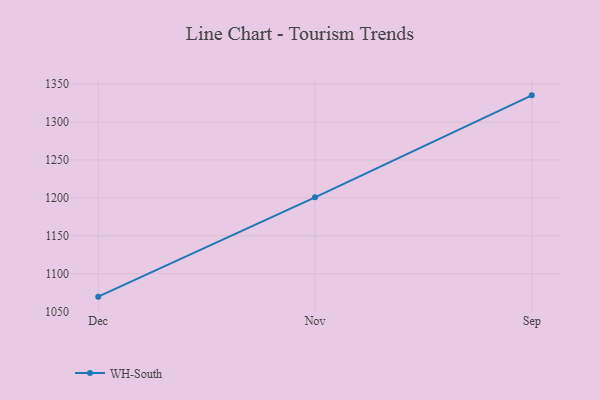
{"axis": {"x": "Month", "y": "Churn Rate (%)"}, "legend": ["WH-South"], "data": [{"x": "Dec", "y": 1069.7, "type": "WH-South"}, {"x": "Nov", "y": 1200.7, "type": "WH-South"}, {"x": "Sep", "y": 1335.2, "type": "WH-South"}]}